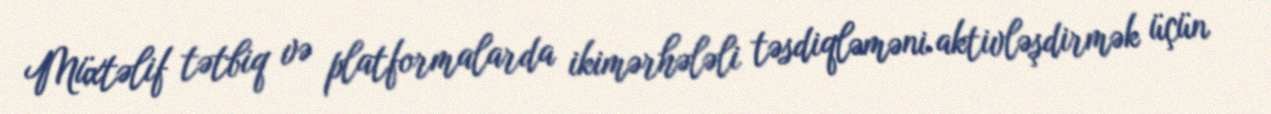
Müxtəlif tətbiq və platformalarda ikimərhələli təsdiqləməni aktivləşdirmək üçün